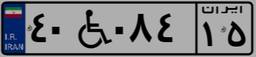
۴۰W۰۸۴۱۵